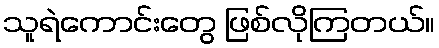
သူရဲကောင်းတွေ ဖြစ်လိုကြတယ်။